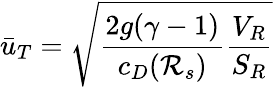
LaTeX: \bar{u}_{T}=\sqrt{\frac{2g(\gamma-1)}{c_{D}({\cal R}_{s})}\frac{V_{R}}{S_{R}}}